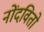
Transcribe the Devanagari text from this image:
नोंदवितो